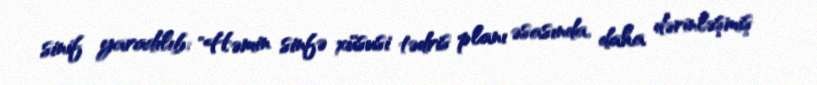
sinif yaradılıb: "Həmin sinfə xüsusi tədris planı əsasında, daha dərinləşmiş